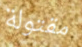
مقتولة